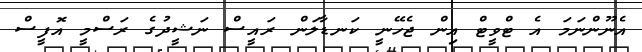
އެނޫންނަމަ އެ ޓްވީޓް އިން ޖެހޭނީ ކަނޑާލަން ރައީސް ނަޝީދުގެ ރަސްމީ އޮފީސް